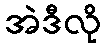
အဲဒီလို